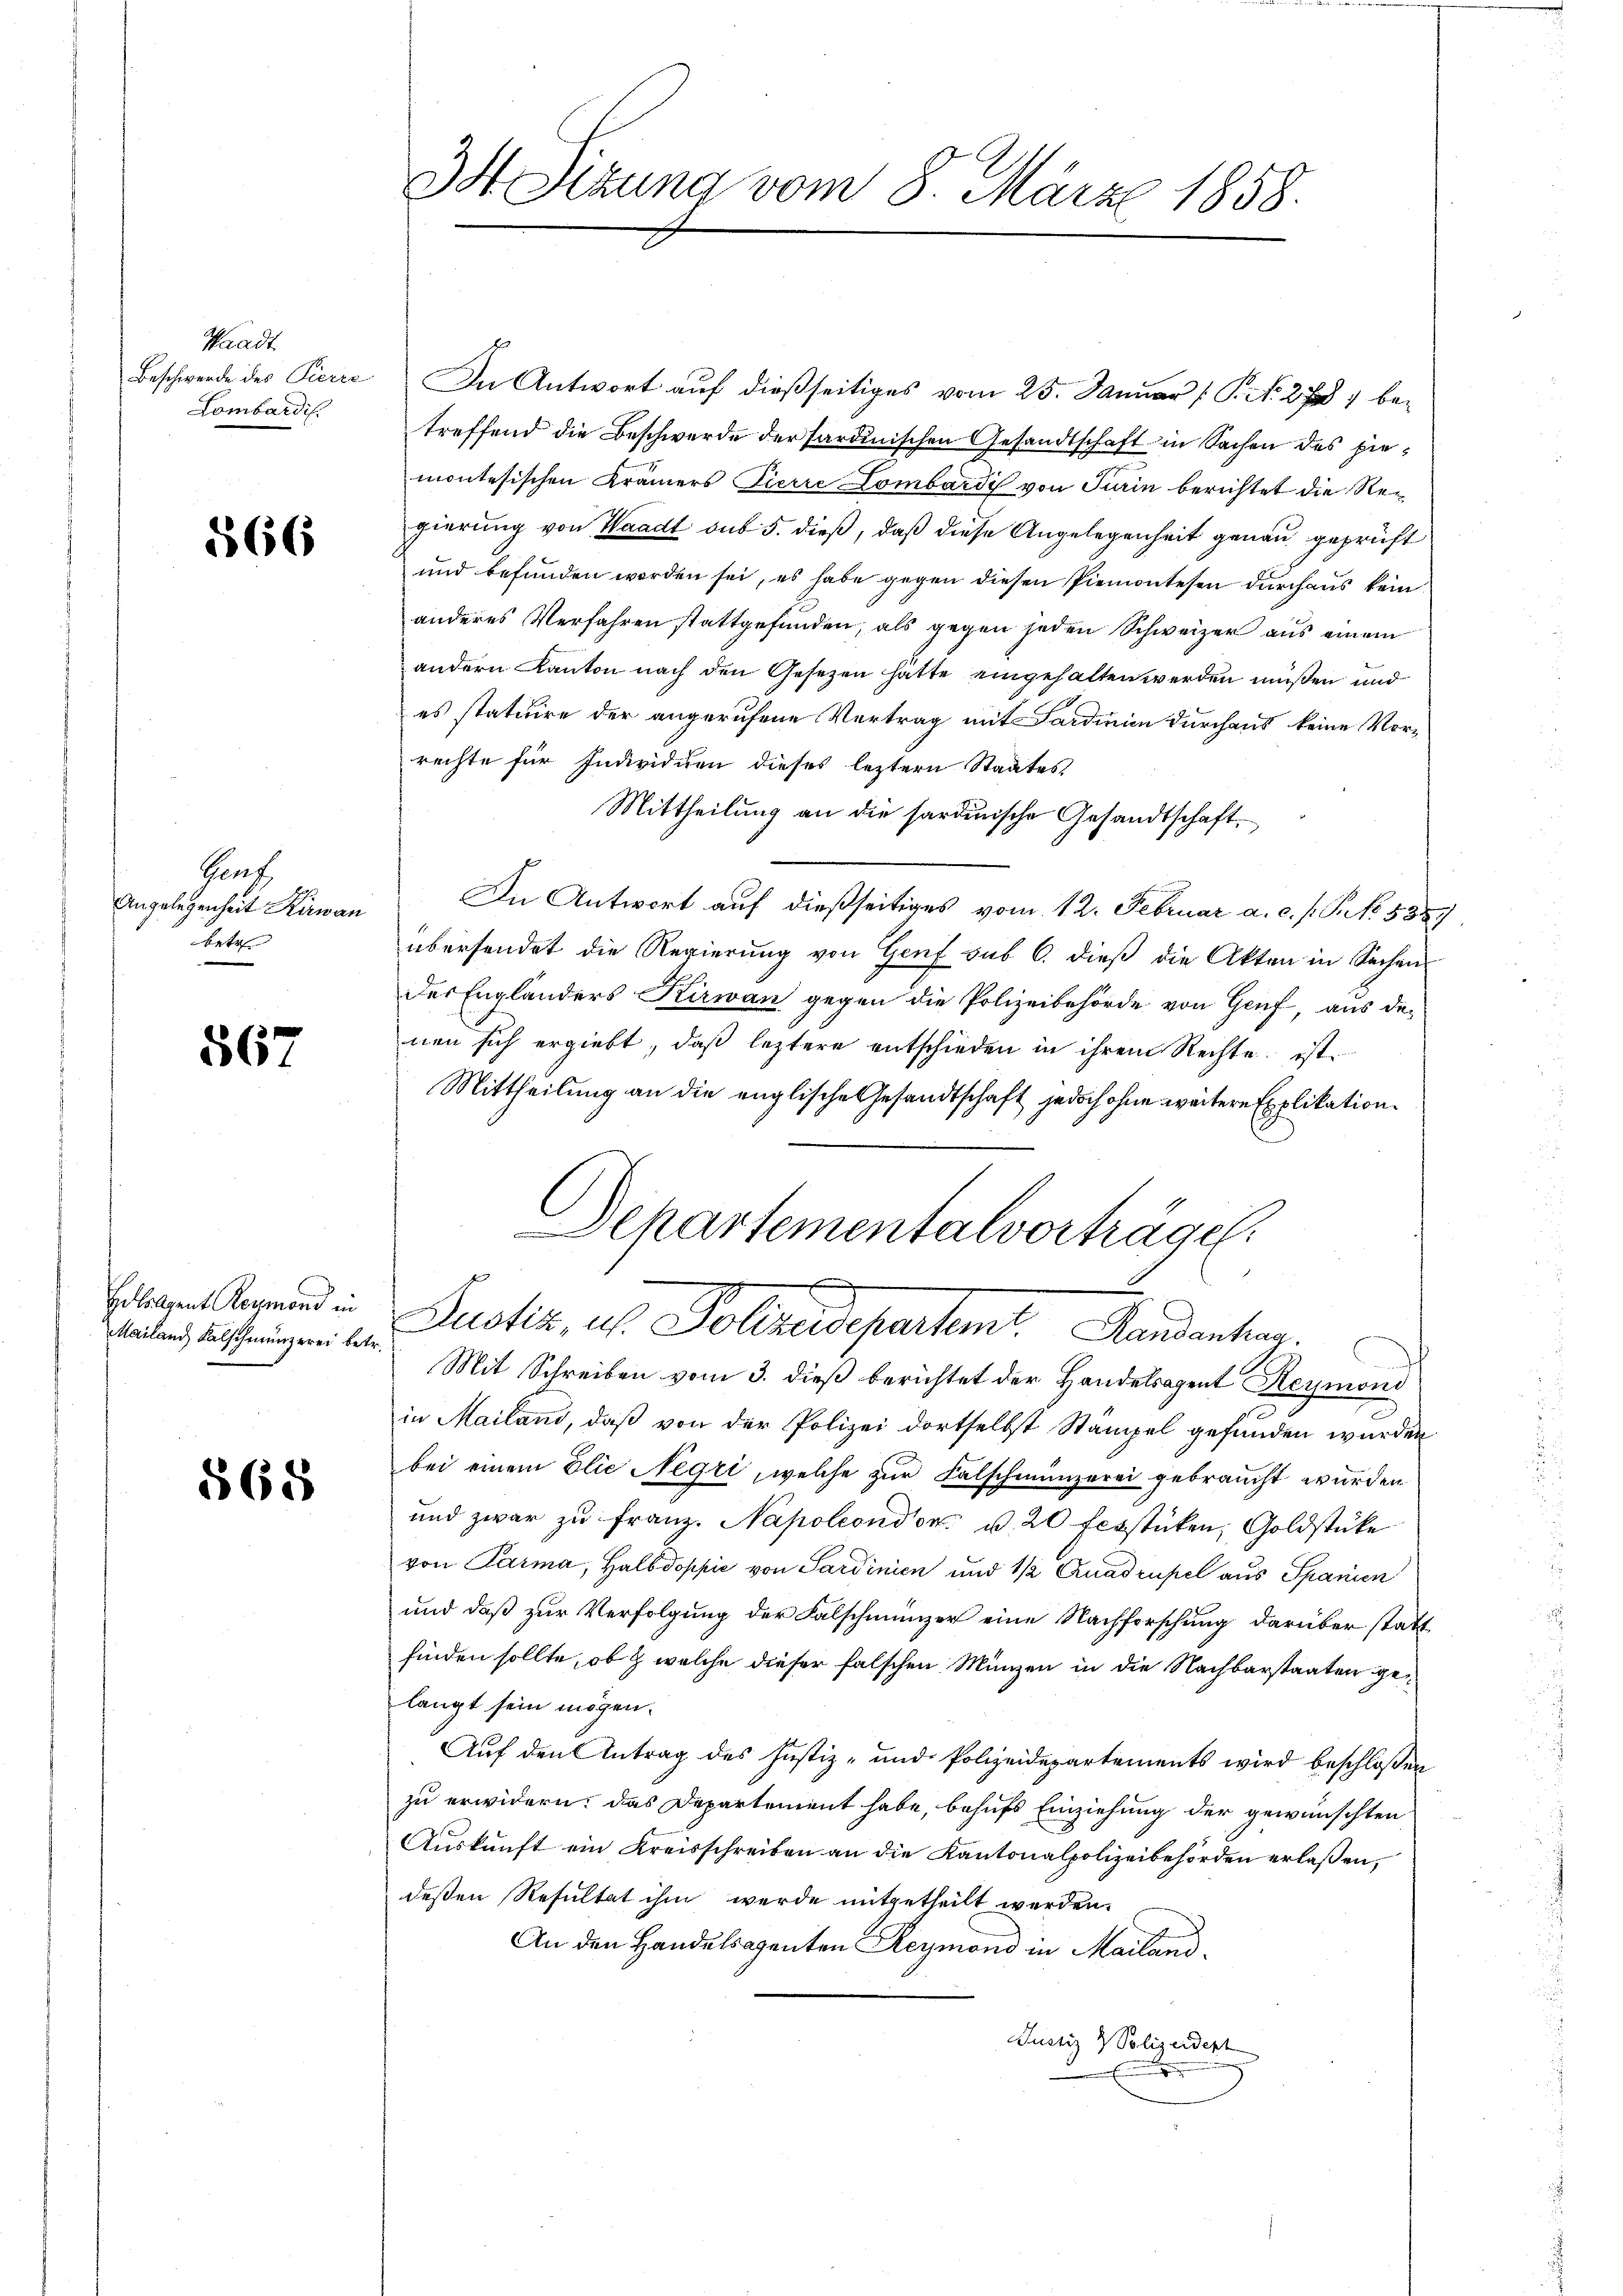
Waadt
Beschwerde des Pierre
Lombardis

566

Gent
Angelegenheit Kirwan
betre

567

Erolgent Reymond in
Mailand Falschmünzerei betr.

§ 68

Ist. Sitzung vom 8. März 1858.

In Antwort auf dießseitiges vom 25. Januar ( P. N. 278, betreffend die Beschwerde der sardinischen Gesandtschaft in Sachen des piemontesischen Krämers Pierre Lombardi von Turin berichtet die Regierung von Waadt sub 5. dieß, daß diese Angelegenheit genau geprüft
und befunden worden sei, es habe gegen diesen Piemontesen durchaus kein
anderes Verfahren stattgefunden, als gegen jeden Schweizer aus einem
andern Kanton nach den Gesezen hätte eingehalten werden müßen und
es statuire der angerufene Vertrag mit Sardinien durchaus keine Vorrechte für Individuen dieses leztern Staates
Mittheilung an die sardinische Gesandtschaft,
In Antwort auf dießseitiges vom 12. Februar a. c. s. S. 5887
übersendet die Regierung von Genf sub 6. dieß die Akten in Sachen
der Englanders Kirwan gegen die Polizeibehörde von Genf, aus der
nen sich ergiebt, daß leztere entschieden in ihrem Rechte ist
Mittheilung an die englische Gesandtschaft jedoch ohne weitere Explikation.
Departementalvorträge.
.
Justiz, u. Polizeidepartemt. Randanten.
d
Mit Schreiben vom 3. dieß berichtet der Handelsagent Reymoni
in Mailand, daß von der Polizei dortselbst Stampel gefunden wurden
bei einem Elie Negri, welche zur Falschmänzerei gebraucht wurden
und zwar zu franz. Napoleondon u. 20 fesstücken, Goldstüke
von Parma, Halbdoppić von Sardinien und 1/2 Quadrupel aus Spanien
und daß zur Verfolgung der Falschmünzer eine Nachforschung darüber statt
finden sollte, ob & welche dieser falschen Münzen in die Nachbarstaaten ge
langt sein mögen.
Auf den Antrag des Justiz- und Polizeidepartements wird beschlossen
zu erwidern: das Departement habe, behufs Einziehung der gewünschten
Auskunft ein Kreisschreiben an die Kantonalpolizeibehörden erlaßen,
deßen Resultat ihm werde mitgetheilt werden.
An den Handelsagenten Reymond in Mailand.
Justiz & Polizeidert